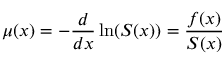
\mu ( x ) = - { \frac { d } { d x } } \ln ( S ( x ) ) = { \frac { f ( x ) } { S ( x ) } }